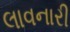
લાવનારી